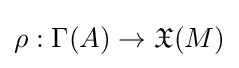
\rho :\Gamma (A)\rightarrow {\mathfrak {X}}(M)